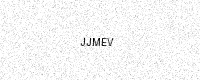
Text: JJMEV